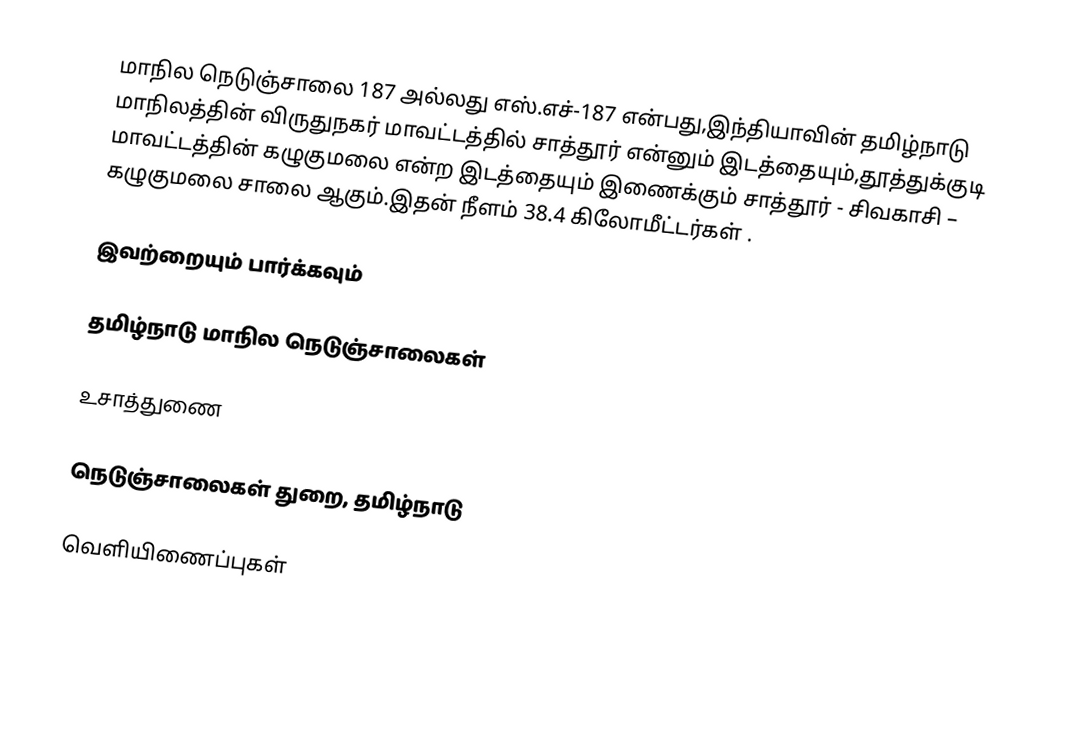
மாநில நெடுஞ்சாலை 187 அல்லது எஸ்.எச்-187  என்பது,இந்தியாவின் தமிழ்நாடு மாநிலத்தின்  விருதுநகர் மாவட்டத்தில்  சாத்தூர்  என்னும் இடத்தையும்,தூத்துக்குடி மாவட்டத்தின் கழுகுமலை  என்ற இடத்தையும் இணைக்கும் சாத்தூர் - சிவகாசி – கழுகுமலை சாலை ஆகும்.இதன் நீளம் 38.4  கிலோமீட்டர்கள் .

இவற்றையும் பார்க்கவும்

 தமிழ்நாடு மாநில நெடுஞ்சாலைகள்

உசாத்துணை

 நெடுஞ்சாலைகள் துறை, தமிழ்நாடு

வெளியிணைப்புகள்